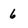
Character: 6